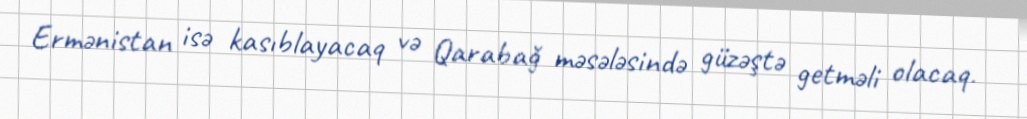
Ermənistan isə kasıblayacaq və Qarabağ məsələsində güzəştə getməli olacaq.